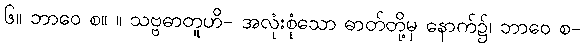
၆။ ဘာဝေ စ။ ။ သဗ္ဗဓာတူဟိ- အလုံးစုံသော ဓာတ်တို့မှ နောက်၌၊ ဘာဝေ စ-